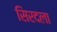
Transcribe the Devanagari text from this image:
सिरदला